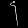
Digit: ၄